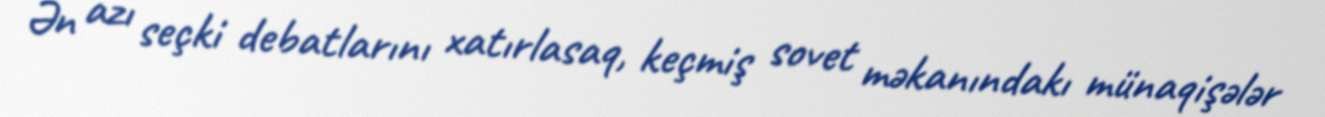
Ən azı seçki debatlarını xatırlasaq, keçmiş sovet məkanındakı münaqişələr